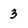
Character: 3